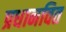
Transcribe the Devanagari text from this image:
प्रधानवित